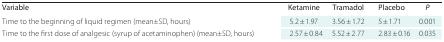
<table><thead><tr><td><b>Variable</b></td><td><b>Ketamine</b></td><td><b>Tramadol</b></td><td><b>Placebo</b></td><td><b><i>P</i></b></td></tr></thead><tbody><tr><td>Time to the beginning of liquid regimen (mean±SD, hours)</td><td>5.2 ± 1.97</td><td>3.56 ± 1.72</td><td>5 ± 1.71</td><td>0.001</td></tr><tr><td>Time to the first dose of analgesic (syrup of acetaminophen) (mean±SD, hours)</td><td>2.57 ± 0.84</td><td>5.52 ± 2.77</td><td>2.83 ± 0.16</td><td>0.035</td></tr></tbody></table>